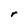
Character: r